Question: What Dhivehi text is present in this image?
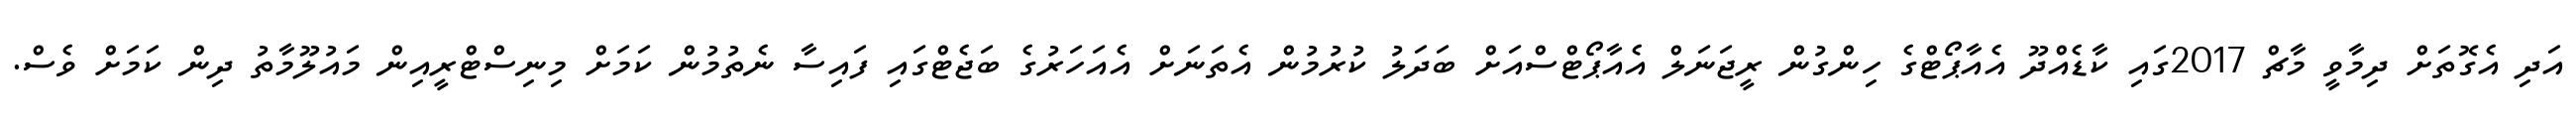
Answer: އަދި އެގޮތަށް ދިމާވީ މާޗް 2017ގައި ކާޑެއްދޫ އެއާޕޯޓްގެ ހިންގުން ރީޖަނަލް އެއާޕޯޓްސްއަށް ބަދަލު ކުރުމުން އެތަނަށް އެއަހަރުގެ ބަޖެޓްގައި ފައިސާ ނެތުމުން ކަމަށް މިނިސްޓްރީއިން މައުލޫމާތު ދިން ކަމަށް ވެސް.